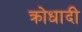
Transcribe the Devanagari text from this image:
क्रोधादी